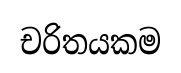
චරිතයකම